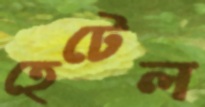
হেটেল